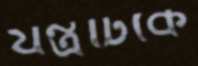
যন্ত্রটিকে